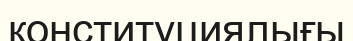
конституциялығы